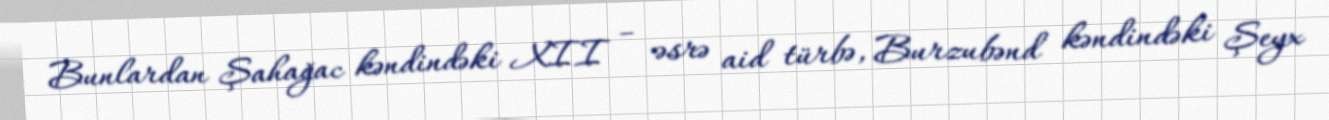
Bunlardan Şahağac kəndindəki XII – əsrə aid türbə, Burzubənd kəndindəki Şeyx